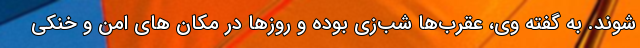
شوند. به گفته وی، عقرب‌ها شب‌زی بوده و روزها در مکان های امن و خنکی